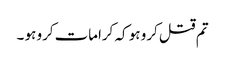
تم قتل کرو ہو کہ کرامات کرو ہو ۔